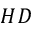
H D